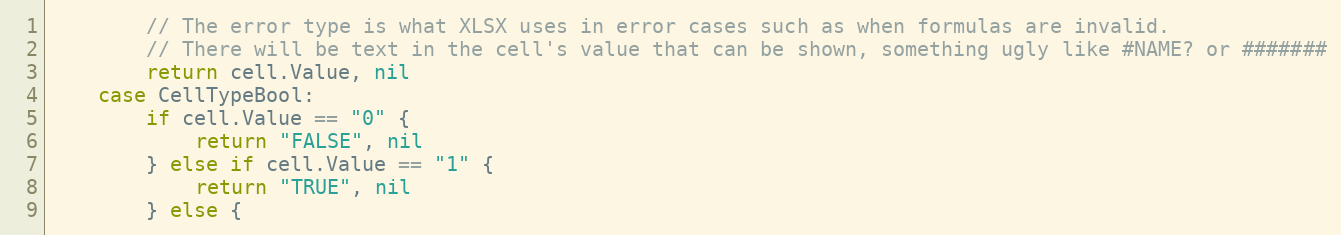
Language: Go
		// The error type is what XLSX uses in error cases such as when formulas are invalid.
		// There will be text in the cell's value that can be shown, something ugly like #NAME? or #######
		return cell.Value, nil
	case CellTypeBool:
		if cell.Value == "0" {
			return "FALSE", nil
		} else if cell.Value == "1" {
			return "TRUE", nil
		} else {